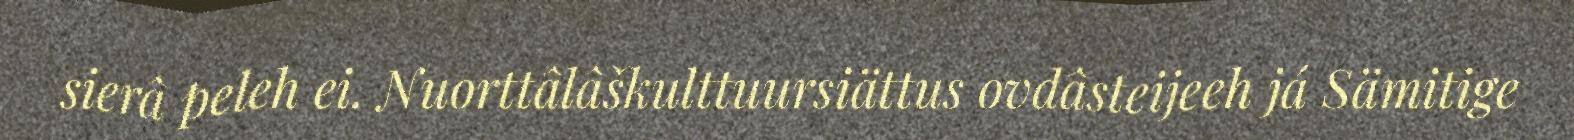
sierâ peleh ei. Nuorttâlâškulttuursiättus ovdâsteijeeh já Sämitige